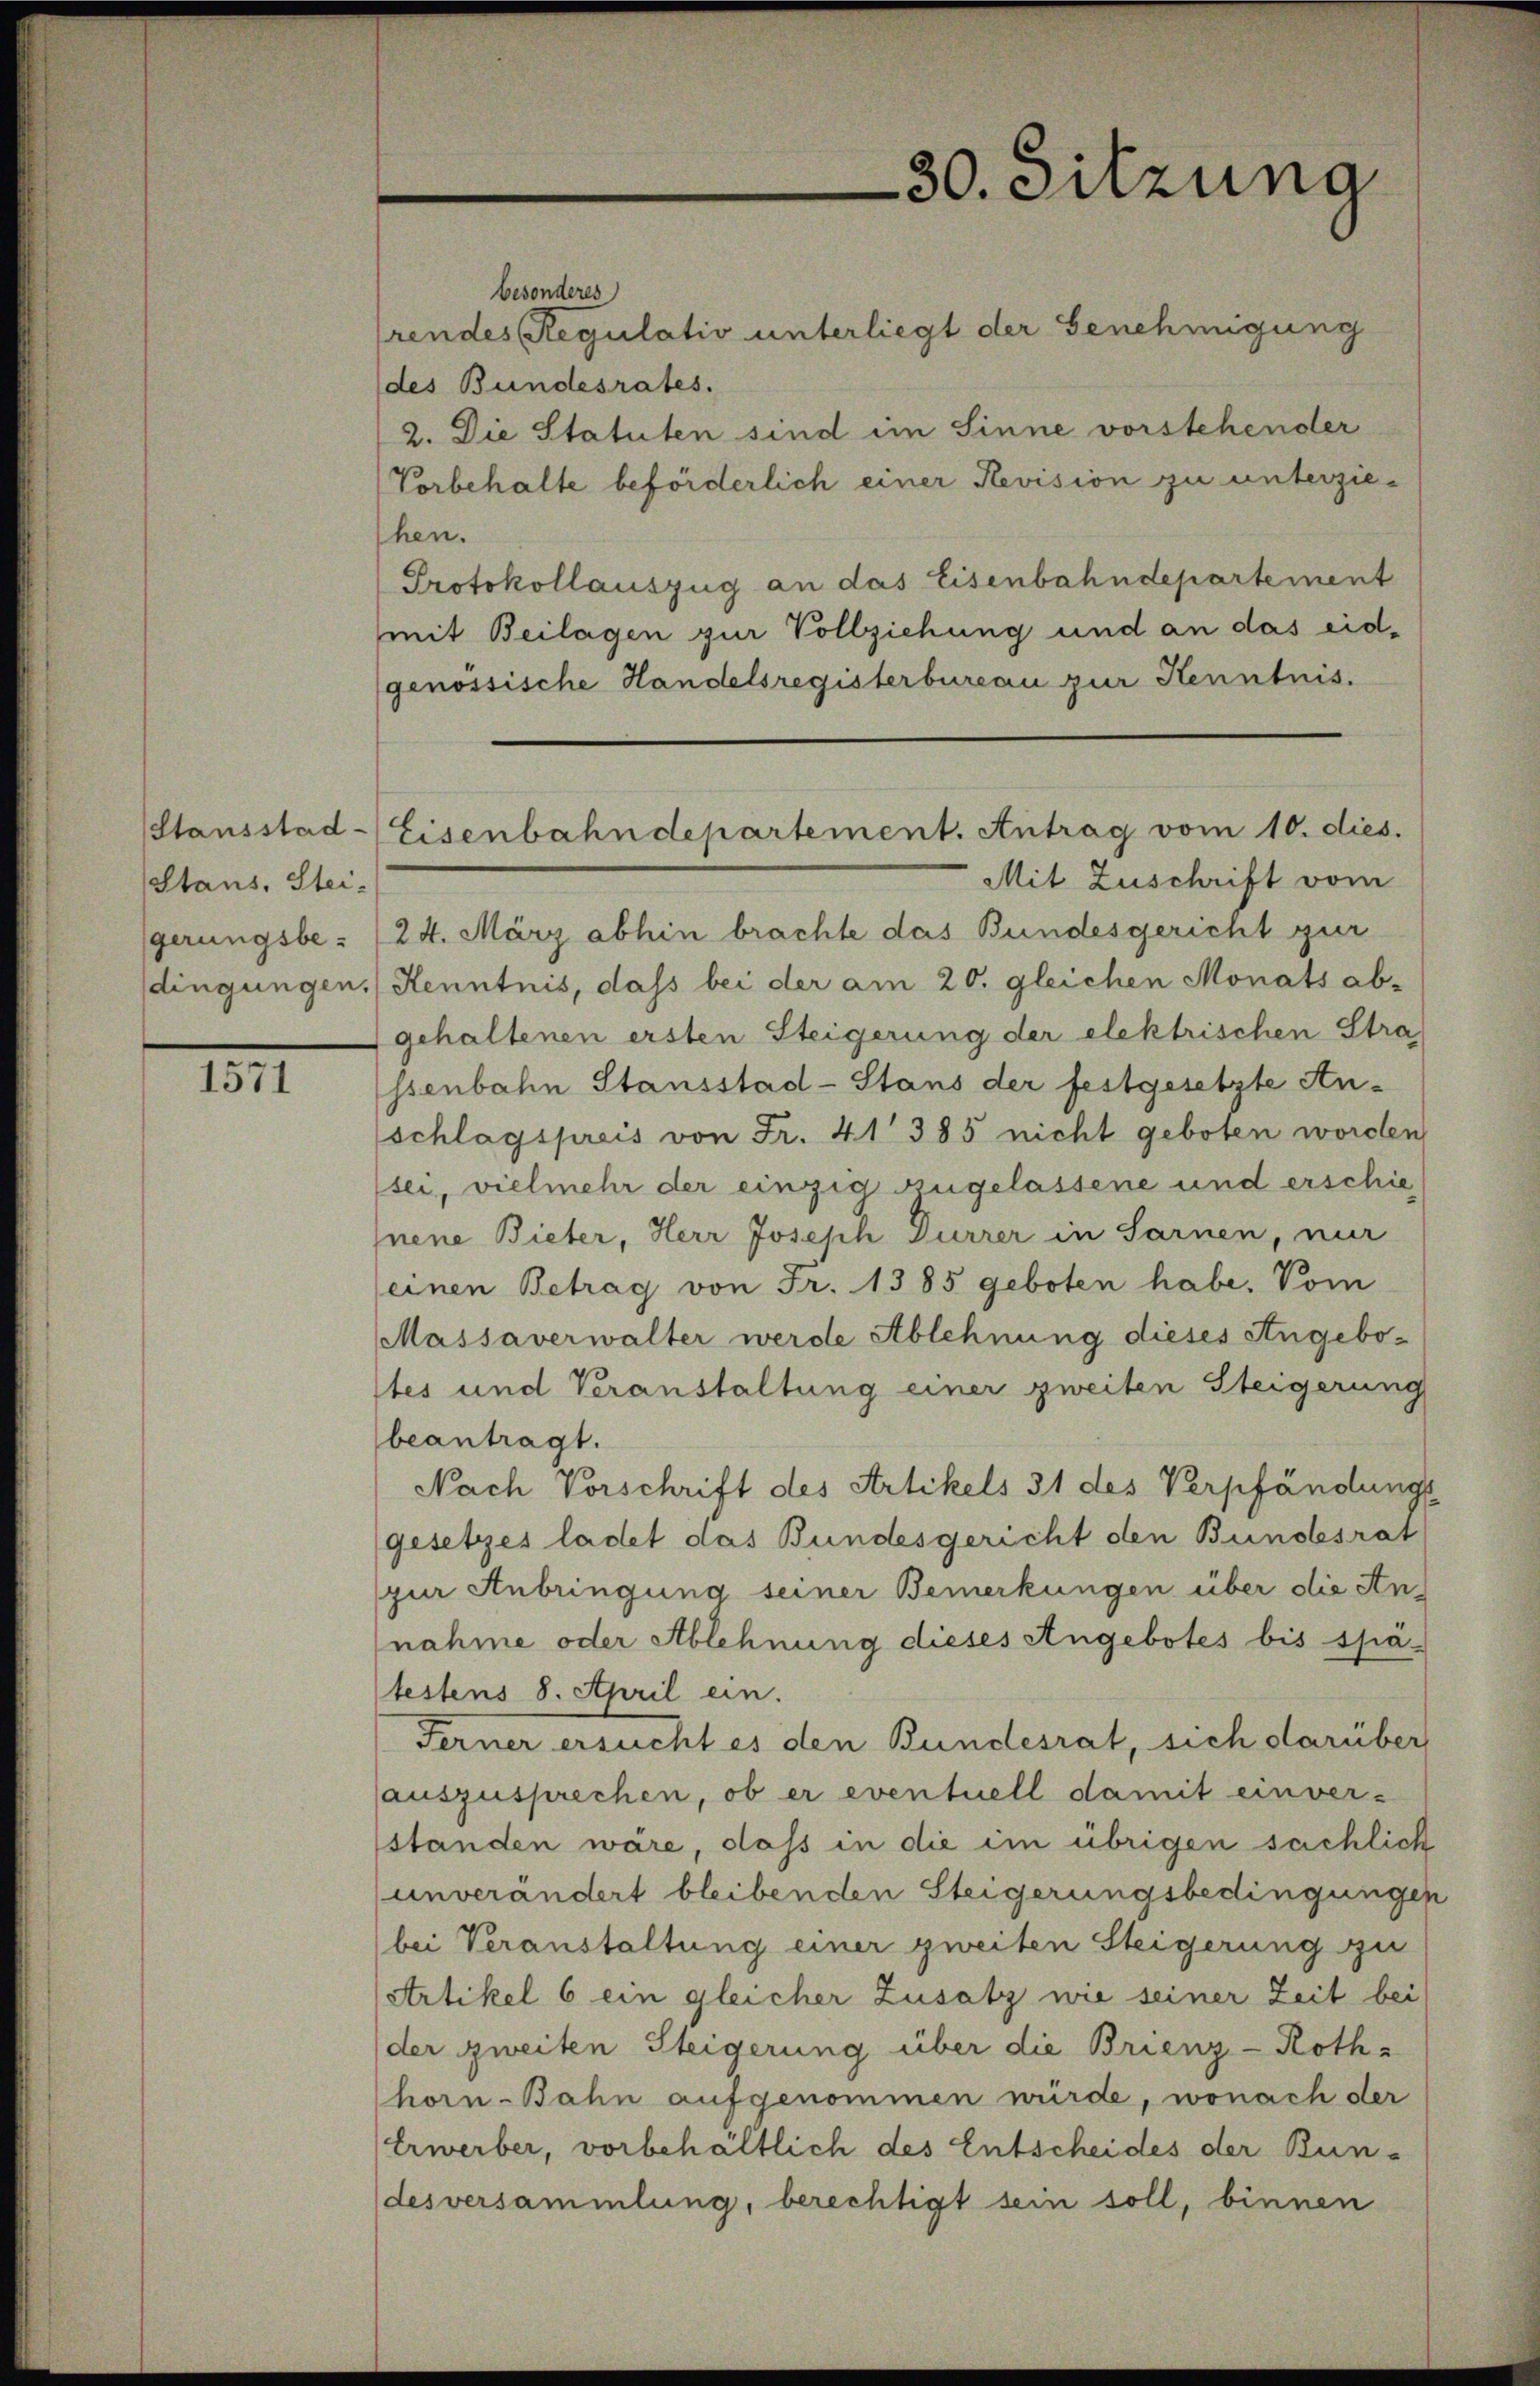
Stausstad
Stans, Stei-
gerungsbedingungen.

1571

besonderes
rendes Regulativ unterliegt der Genehmigung
des Bundesrates.
2. Die Statuten sind im Sinne vorstehender
Vorbehalte beförderlich einer Revision zu unterziehen.
Protokollauszug an das Eisenbahndepartement
mit Beilagen zur Vollziehung und an das eidgenössische Handelsregisterbureau zur Kenntnis.
Mit Zuschrift vom
24. März abhin brachte das Bundesgericht zur
Kenntnis, dass bei der am 20. gleichen Monats ab-
gehaltenen ersten Steigerung der elektrischen Stra
ssenbahn Stausstad-Stans der festgesetzte Anschlagspreis von Fr. 41385 nicht geboten worden
sei, vielmehr der einzig zugelassene und erschiejnene Bieter, Herr Joseph Dürrer in Sarnen, nur
einen Betrag von Fr. 1385 geboten habe. Vom
Massaverwalter werde Ablehnung dieses Angebostes und Veranstaltung einer zweiten Steigerung
beantragt.
Nach Vorschrift des Artikels 31 des Verpfändung
gesetzes ladet das Bundesgericht den Bundesrat
pur Anbringung seiner Bemerkungen über die An-
nahme oder Ablehnung dieses Angebotes bis spatestens 8. April ein.
Ferner ersucht es den Bundesrat, sich darüber
auszusprechen, ob er eventuell damit einver-
standen wäre, dass in die im übrigen sachlich
unverändert bleibenden Steigerungsbedingungen
bei Veranstaltung einer zweiten Steigerung zu
Artikel 6 ein gleicher Zusatz wie seiner Zeit bei
der zweiten Steigerung über die Brienz - Rothhorn-Bahn aufgenommen würde, wonach der
Erwerber, vorbehältlich des Entscheides der Bundesversammlung, berechtigt sein soll, binnen

30. Sitzung

Eisenbahndepartement. Antrag vom 10. dies.